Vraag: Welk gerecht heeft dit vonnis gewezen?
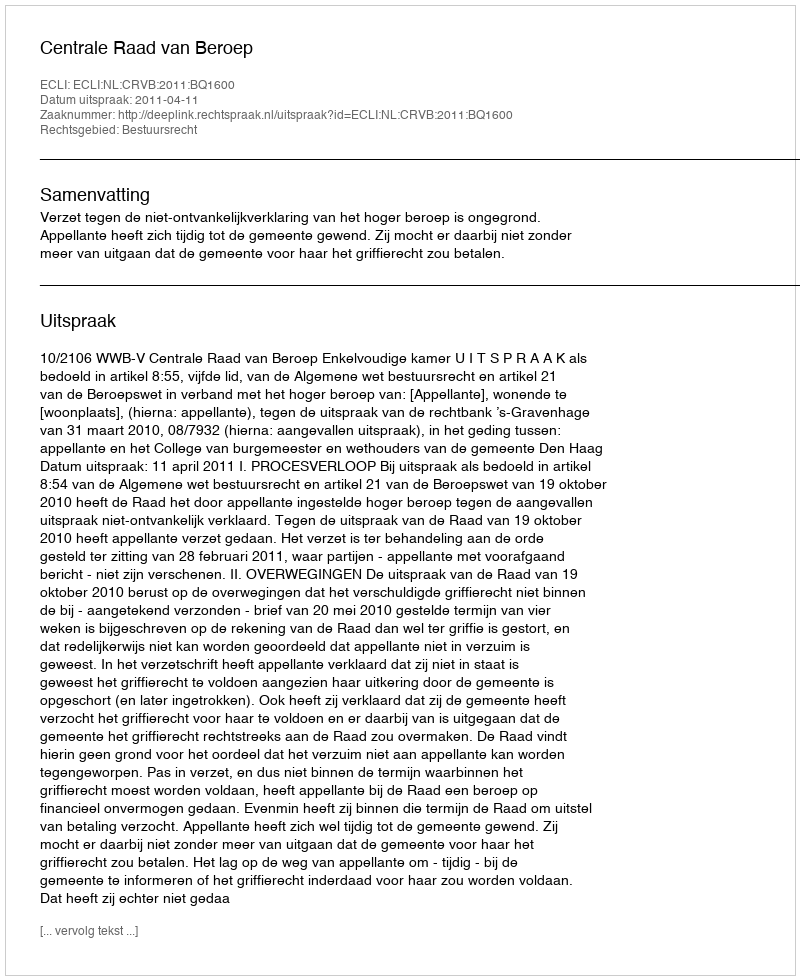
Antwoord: Centrale Raad van Beroep